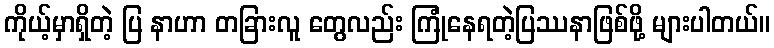
ကိုယ့်မှာရှိတဲ့ ပြ နာဟာ တခြားလူ တွေလည်း ကြုံနေရတဲ့ပြဿနာဖြစ်ဖို့ များပါတယ်။